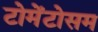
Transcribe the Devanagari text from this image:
टोमेंटोसम